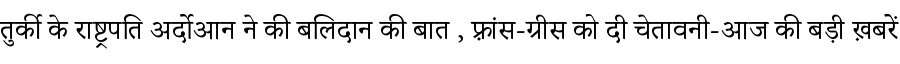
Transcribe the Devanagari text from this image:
तुर्की के राष्ट्रपति अर्दोआन ने की बलिदान की बात , फ़्रांस-ग्रीस को दी चेतावनी-आज की बड़ी ख़बरें